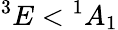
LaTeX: {}^{3}E<{}^{1}A_{1}